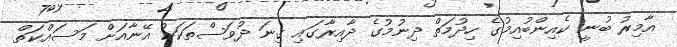
އާމިރު ބުނީ ކެއިންބުއިމުގެ ހިދުމަތް ދިނުމުގެ ދާއިރާގައި ގިނަ ދުވަސްތަކަކު އޭނާއަށް މަސައްކަތް